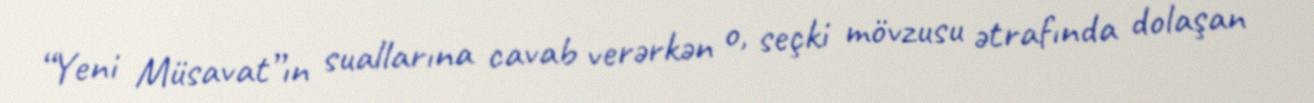
“Yeni Müsavat”ın suallarına cavab verərkən o, seçki mövzusu ətrafında dolaşan